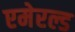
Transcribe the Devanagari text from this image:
एमेरल्ड